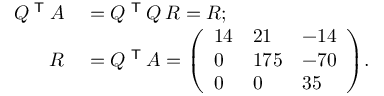
\begin{array} { r l } { Q ^ { \textsf { T } } A } & { { } = Q ^ { \textsf { T } } Q \, R = R ; } \\ { R } & { { } = Q ^ { \textsf { T } } A = { \left( \begin{array} { l l l } { 1 4 } & { 2 1 } & { - 1 4 } \\ { 0 } & { 1 7 5 } & { - 7 0 } \\ { 0 } & { 0 } & { 3 5 } \end{array} \right) } . } \end{array}